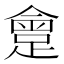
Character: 𨂮